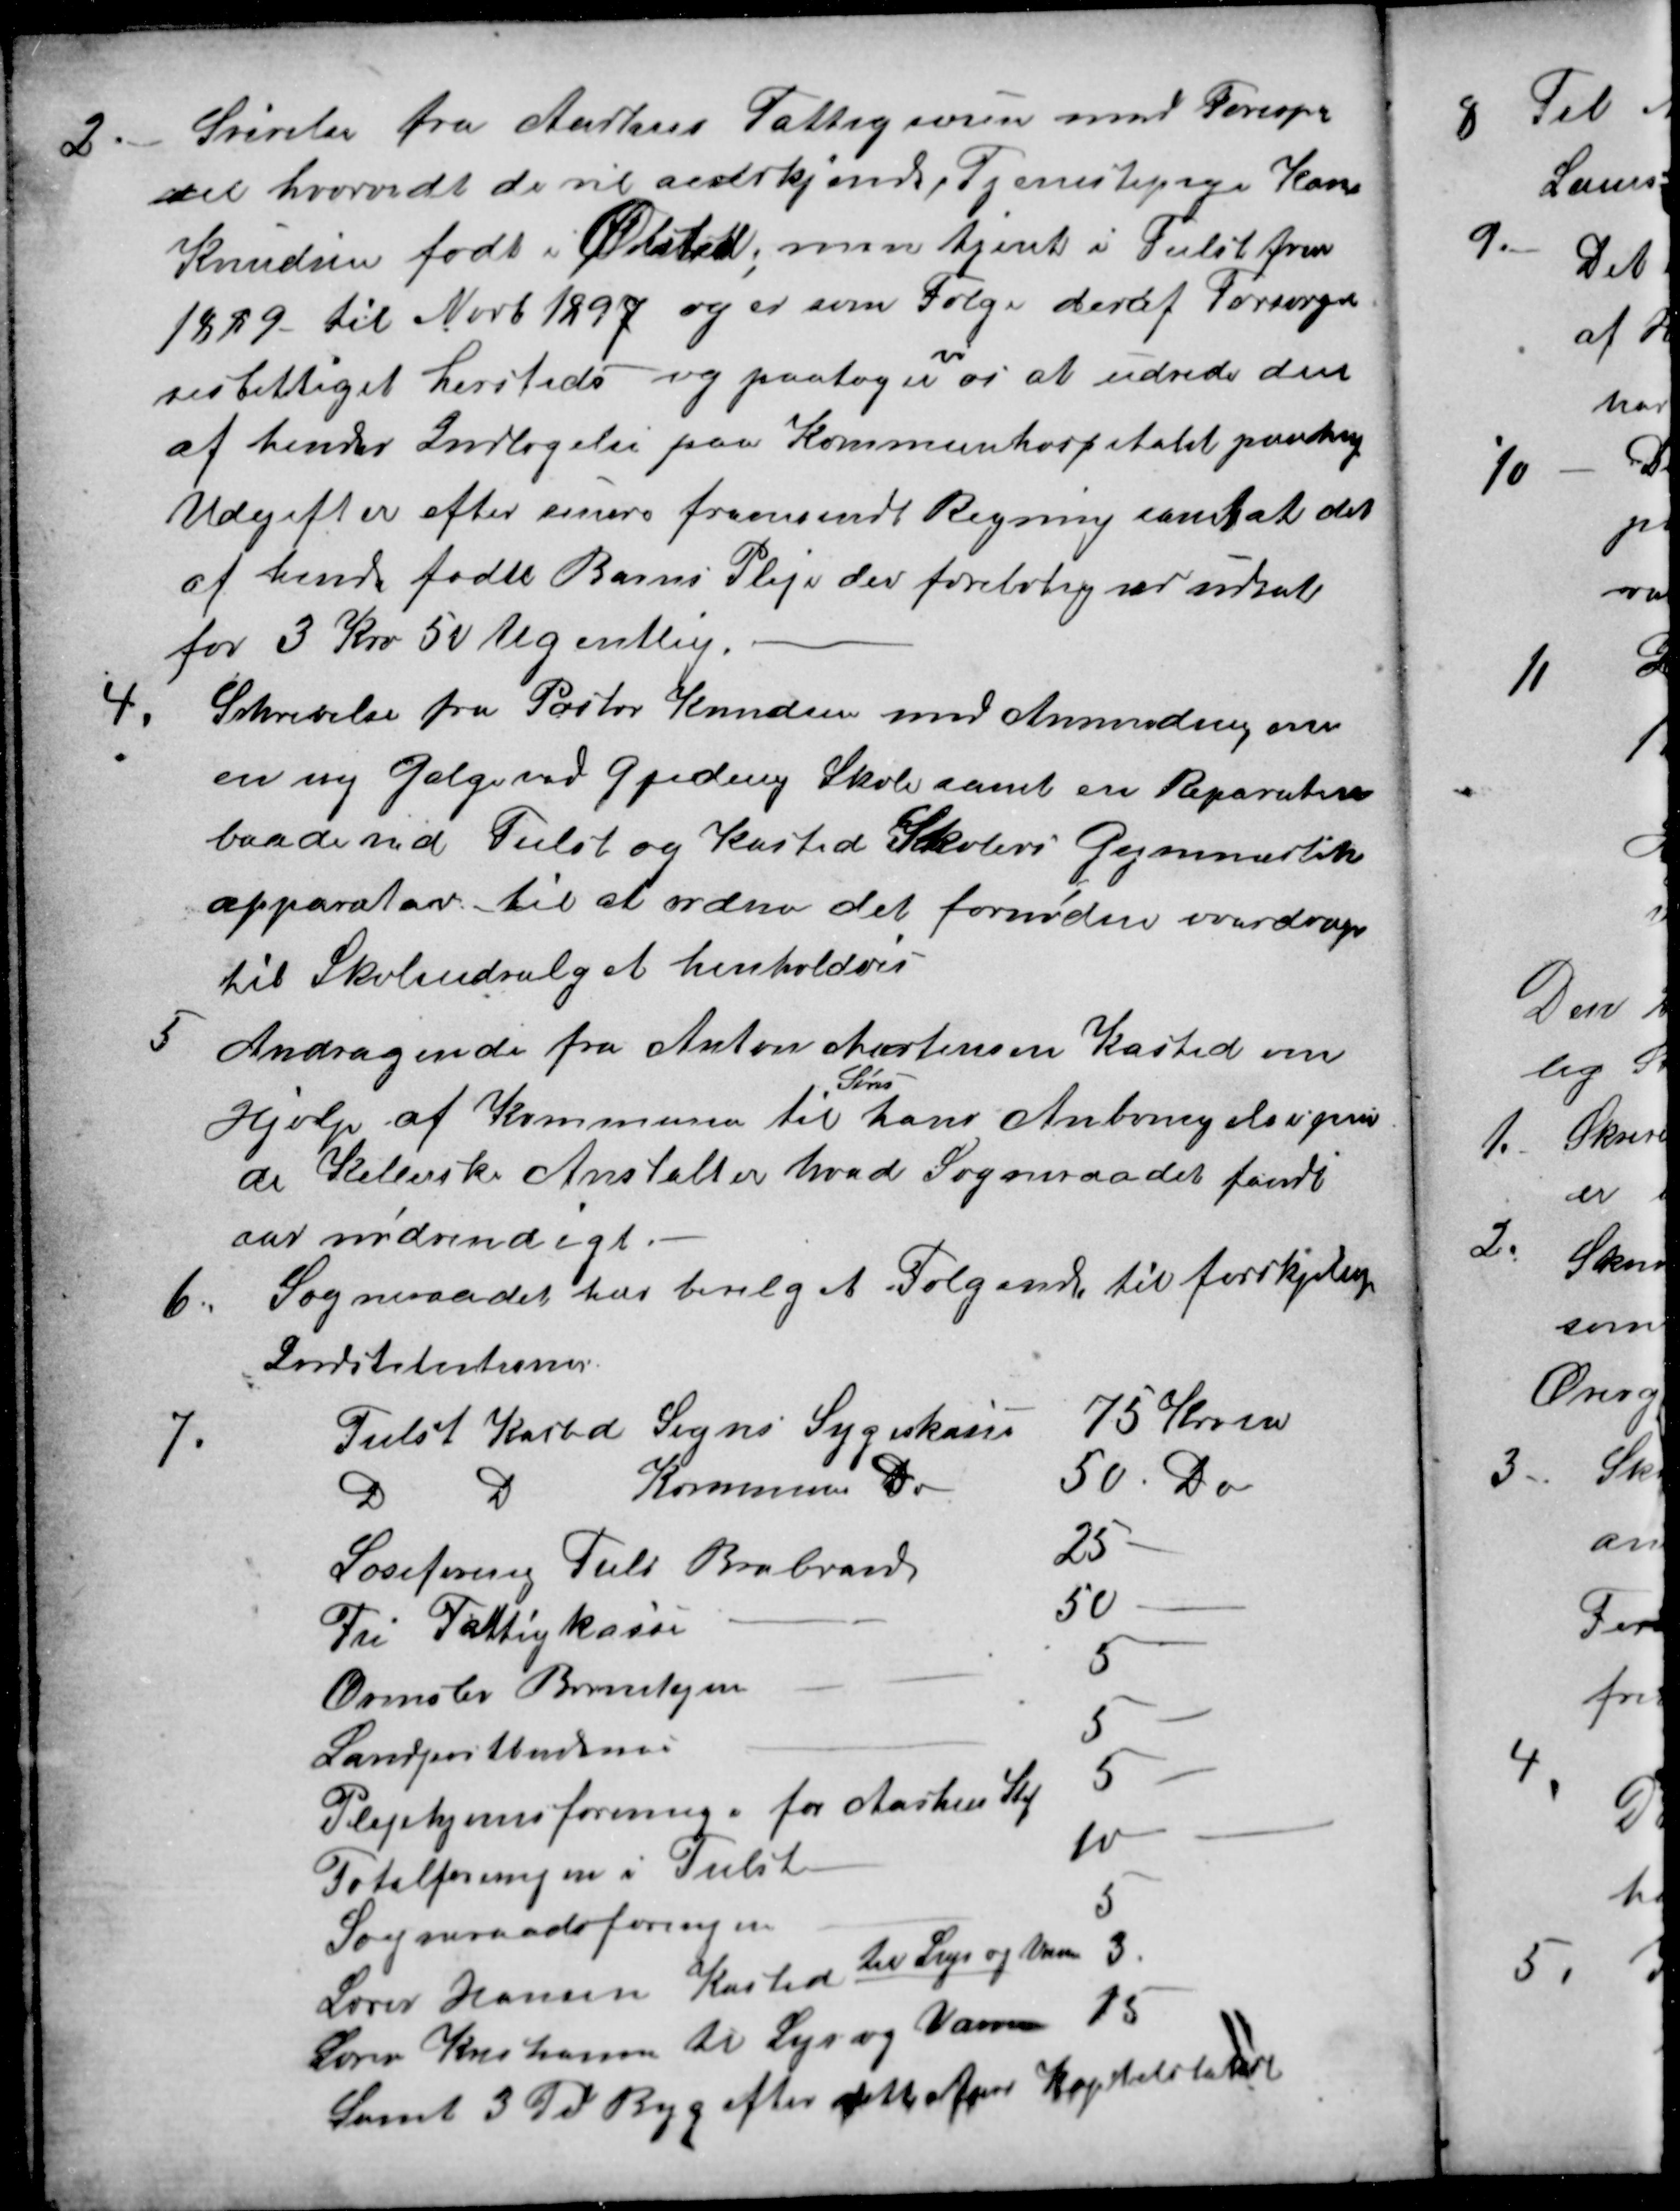
Transskription:
2.
Srivelse fra Aarhus Fattigvæsen med Forespør
sel hvorvidt de vil anderkjend, Tjenestepige Karen
Knudsen født i Ølsted, men tjent i Tiilst fra
1889 til Novb 1897 og er som Følge deraf Forsørgel
sesbettiget hersteds - og paatager 
vi
os at udrede den
af hendes Indlægelse paa Kommunehospitalet paadrag
Udgifter efter senere fremsendt Regning samt at det
af hende fødte Barns Pleje der foreløbig var udsat
for 3 Kro 50 Ugentlig.
4.
Sskrivelse fra Pastor Knudsen med Anmodning om
en ny Galge ved Gjeding Skole samt en Reparation
baade med Tiilst og Kasted Skolers Gymnastik
apparatar til at ordne det fornødne overdroges
til Skoleudvalget henholdvis
5
Andragende fra Anton Mortensen Kasted om
Hjælp af Kommunen til hans 
Søns
Anbringelse paa
de Kelerske Anstalter hvad Sogneraadet fandt
var nødvendigt.
6.
Sogneraadet har bevilget Følgende til forskjelig
Indstitutioner.
7.
Tiilst Kasted Sogns Sygekasse
75 Kroner
D
D
Kommune Do
50. Do
Læseforening Tiils Brabrand
25-
Fri Fattigkasse
50
Ormslev Børnehjem
5
Landpostbudenes
5
Plejehjemsforening for Aarhus Stf
5
Totalforeningen i Tiilst
10
Sogneraadsforeningen
5
Lærer Hansen Kasted til Lys og Varme
3.
Lærer Kristiansen til Lys og Varme 15
Samt 5 Td Byg efter dette Aars Kapitelstakst